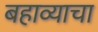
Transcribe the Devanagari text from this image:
बहाव्याचा